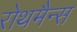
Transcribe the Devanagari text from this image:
रोथमैन्स